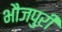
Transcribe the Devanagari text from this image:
भौजपुरी